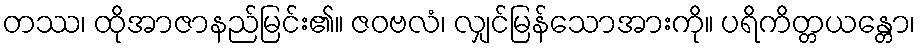
တဿ၊ ထိုအာဇာနည်မြင်း၏။ ဇဝဗလံ၊ လျှင်မြန်သောအားကို။ ပရိကိတ္တယန္တော၊